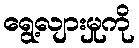
ရွေ့လျားမှုကို